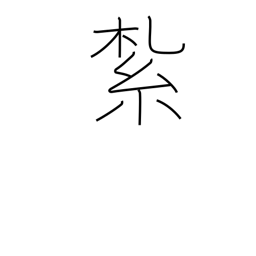
Meaning: tie up